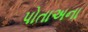
પોતાઅના